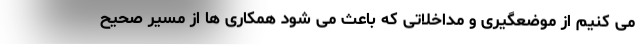
می کنیم از موضعگیری و مداخلاتی که باعث می شود همکاری ها از مسیر صحیح